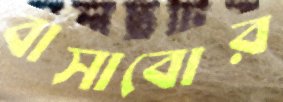
বাসাবোর